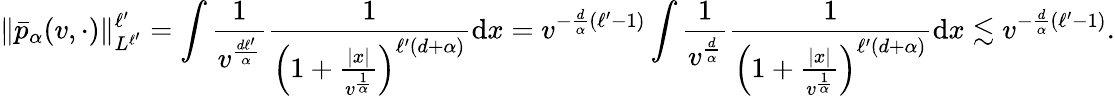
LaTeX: \Vert\bar{p}_{\alpha}(v,\cdot)\Vert_{L^{\ell^{\prime}}}^{\ell^{\prime}}=\int\frac{1}{v^{\frac{d\ell^{\prime}}{\alpha}}}\frac{1}{\left(1+\frac{|x|}{v^{\frac{1}{\alpha}}}\right)^{\ell^{\prime}(d+\alpha)}}\mathrm{d}x=v^{-\frac{d}{\alpha}(\ell^{\prime}-1)}\int\frac{1}{v^{\frac{d}{\alpha}}}\frac{1}{\left(1+\frac{|x|}{v^{\frac{1}{\alpha}}}\right)^{\ell^{\prime}(d+\alpha)}}\mathrm{d}x\lesssim v^{-\frac{d}{\alpha}(\ell^{\prime}-1)}.